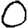
Digit: 0